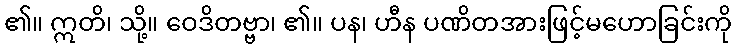
၏။ ဣတိ၊ သို့။ ဝေဒိတဗ္ဗာ၊ ၏။ ပန၊ ဟီန ပဏိတအားဖြင့်မဟောခြင်းကို